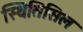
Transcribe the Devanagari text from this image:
स्थितिसिल